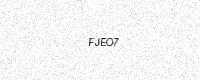
Text: FJEO7